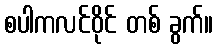
စပါကလင်ဝိုင် တစ် ခွက်။